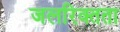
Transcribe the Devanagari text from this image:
जलरिक्तता